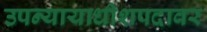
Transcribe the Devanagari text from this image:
उपन्यायाधीशपदावर